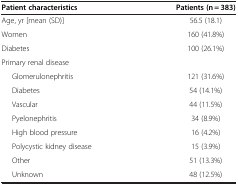
<table><thead><tr><td><b>Patient characteristics</b></td><td><b>Patients (n = 383)</b></td></tr></thead><tbody><tr><td>Age, yr [mean (SD)]</td><td>56.5 (18.1)</td></tr><tr><td>Women</td><td>160 (41.8%)</td></tr><tr><td>Diabetes</td><td>100 (26.1%)</td></tr><tr><td>Primary renal disease</td><td> </td></tr><tr><td>Glomerulonephritis</td><td>121 (31.6%)</td></tr><tr><td>Diabetes</td><td>54 (14.1%)</td></tr><tr><td>Vascular</td><td>44 (11.5%)</td></tr><tr><td>Pyelonephritis</td><td>34 (8.9%)</td></tr><tr><td>High blood pressure</td><td>16 (4.2%)</td></tr><tr><td>Polycystic kidney disease</td><td>15 (3.9%)</td></tr><tr><td>Other</td><td>51 (13.3%)</td></tr><tr><td>Unknown</td><td>48 (12.5%)</td></tr></tbody></table>